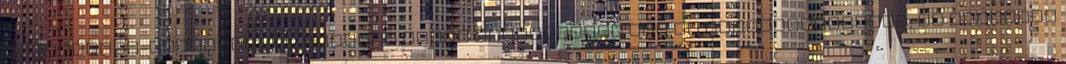
Sargentini-jelentés elfogadása előtt Korlátozott idő az ellenvéleményre, és felmerül